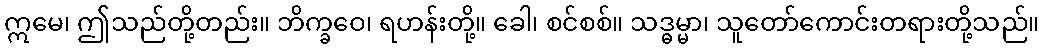
ဣမေ၊ ဤသည်တို့တည်း။ ဘိက္ခဝေ၊ ရဟန်းတို့။ ခေါ၊ စင်စစ်။ သဒ္ဓမ္မာ၊ သူတော်ကောင်းတရားတို့သည်။